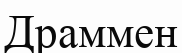
Драммен